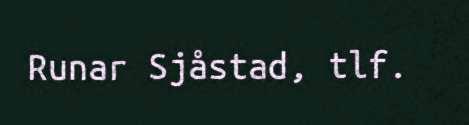
Runar Sjåstad, tlf.